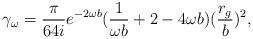
LaTeX: \begin{align*}\gamma_\omega=\frac{\pi}{64i}e^{-2\omega b}(\frac{1}{\omega b}+2-4\omega b)(\frac{r_g}{b})^2,\end{align*}